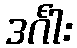
ဒင်္ဂါး